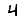
Digit: 4